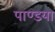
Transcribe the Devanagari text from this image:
पाण्डया